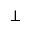
\bot